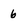
Character: 6